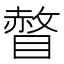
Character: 𰥾